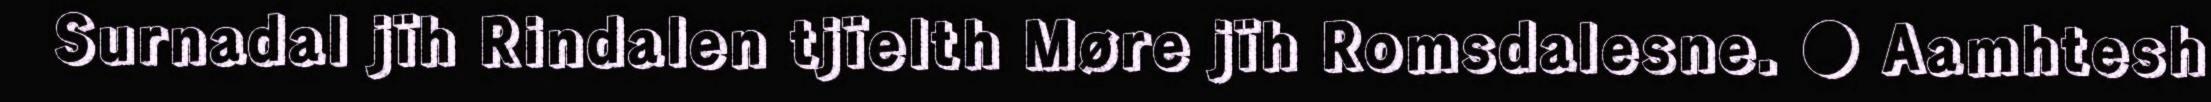
Surnadal jïh Rindalen tjïelth Møre jïh Romsdalesne. ● Aamhtesh